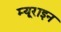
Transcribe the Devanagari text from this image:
म्यूराइन